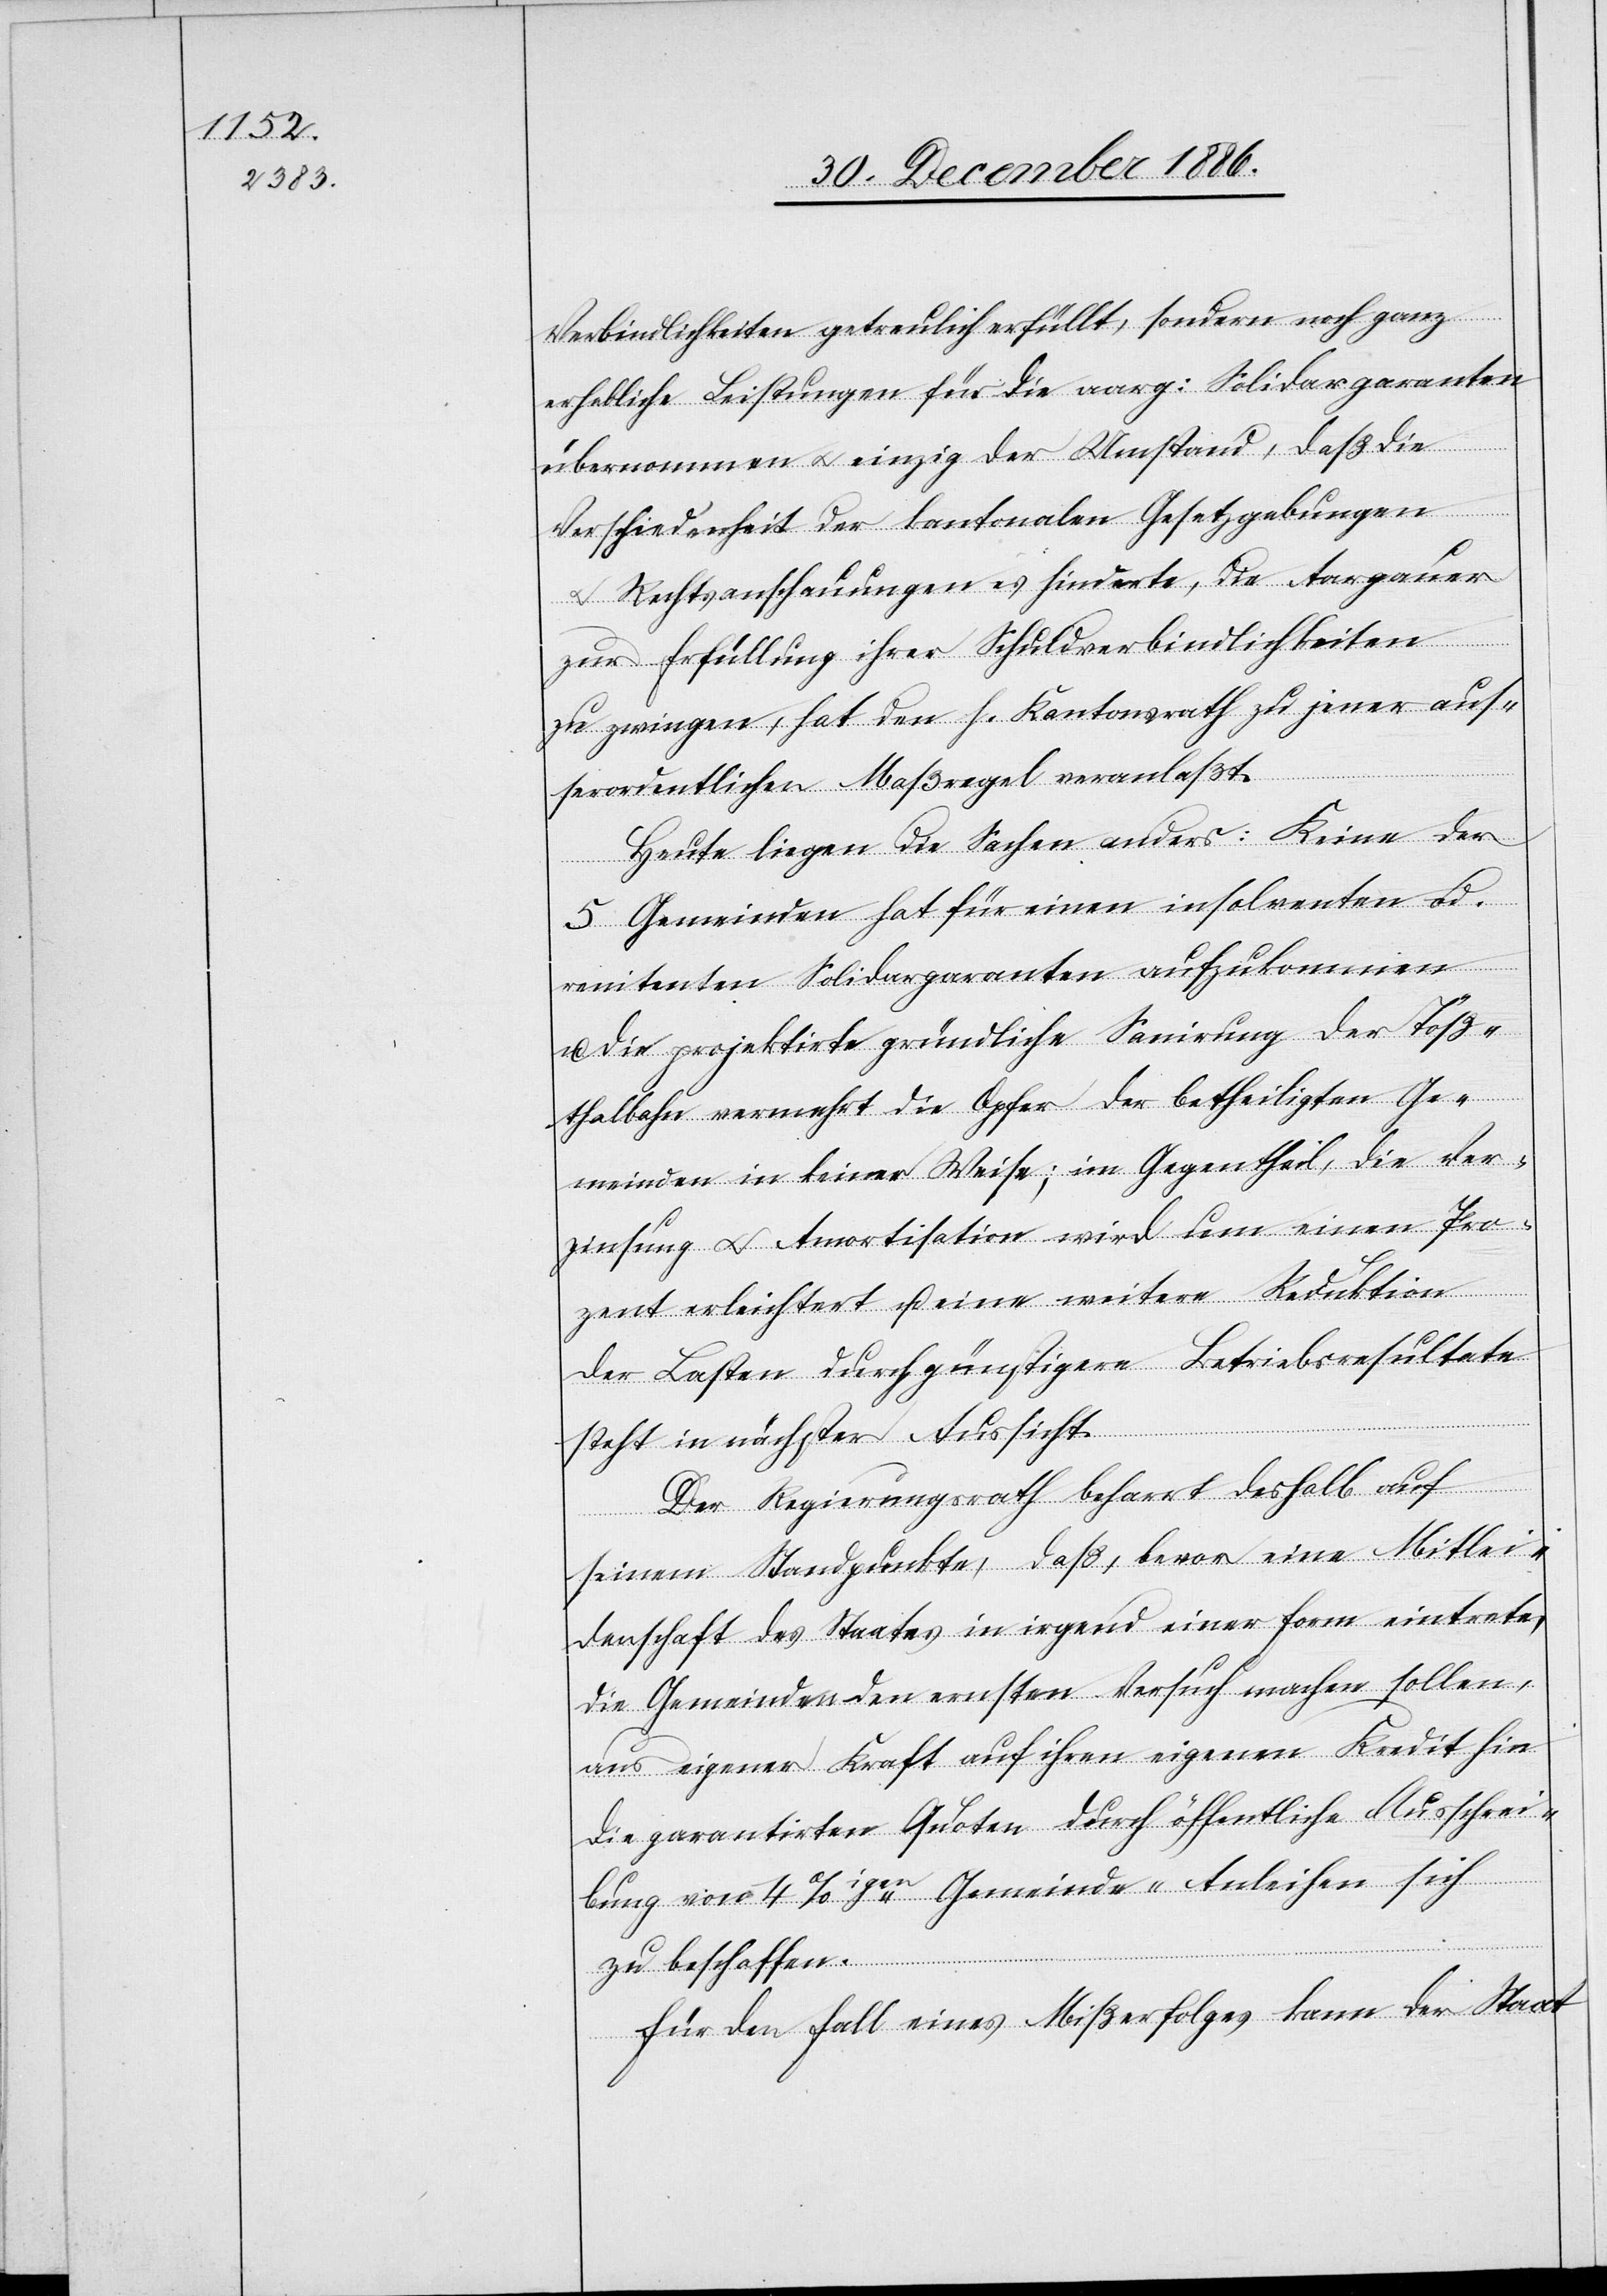
Verbindlichkeiten getreulich erfüllt, sondern noch ganz
erheblich eLeistungen für die aarg: Solidargaranten
übernommen & einzig der Umstand, daß die
Verschiedenheit der kantonalen Gesetzgebungen
Rechtsanschauungen es hinderte, die Aargauer
zur Erfüllung ihrer Schuldverbindlichkeiten
zu zwingen, hat den h. Kantonsrath zu jener aus¬
serordentlichen Maßregel veranlaßt.
Heute liegen die Sachen anders: Keine der
5 Gemeinden hat für einen insolventen od.
renitenten Solidargaranten aufzukommen
u. die projektirte gründliche Sanirung der Töß¬
thalbahn vermehrt die Opfer der betheiligten Ge¬
meinden in keiner Weise; im Gegentheil, die Ver¬
zinsung & Amortisation wird um einen Pro¬
zent erleichtert u. eine weitere Reduktion
der Lasten durch günstigere Betriebsresultate
steht in nächster Aussicht.
Der Regierungsrath beharrt deshalb auf
seinem Standpunkte, daß, bevor eine Mitlei¬
denschaft des staates in irgend einer Form eintrete,
die Gemeinden den ernsten Versuch machen sollen,
aus eigener Kraft auf ihren eigenen Kredit hin
die garantirten Quoten durch öffentliche Ausschrei¬
bung von 4%iger Gemeinde-Anleihen sich
zu beschaffen.
für den Fall eines Mißerfolges kann der Staat